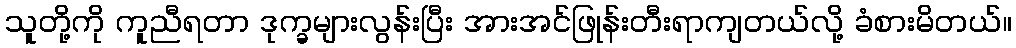
သူတို့ကို ကူညီရတာ ဒုက္ခများလွန်းပြီး အားအင်ဖြုန်းတီးရာကျတယ်လို့ ခံစားမိတယ်။